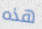
هذه